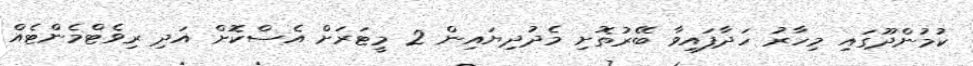
ކުމުންދޫގައި މިހާރު ހަދާފައިވާ ބޭރުތޮށި މެދުދިޔައިން 2 މީޓަރަށް އެސްކޮށް އަދި ރިވެޓްމެންޓެއް